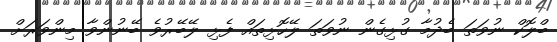
ބްލޮކް ނުވަތަ ބެދުމާ ގުޅިގެން ނުވަތަ ލޭހޮޅިތައް ފެޅި ލޭބޭރުވެ ބޭނުންވާ މިންވަރަށް